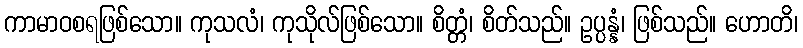
ကာမာဝစရဖြစ်သော။ ကုသလံ၊ ကုသိုလ်ဖြစ်သော။ စိတ္တံ၊ စိတ်သည်။ ဥပ္ပန္နံ၊ ဖြစ်သည်။ ဟောတိ၊